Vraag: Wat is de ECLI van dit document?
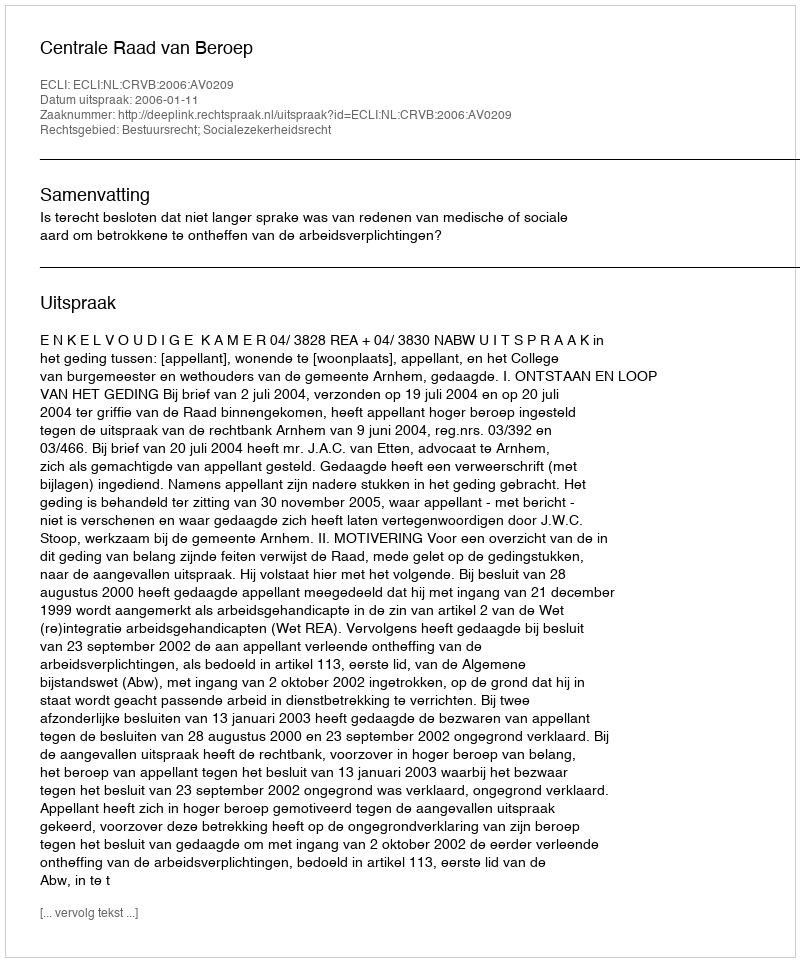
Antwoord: ECLI:NL:CRVB:2006:AV0209